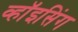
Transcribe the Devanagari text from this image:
व्हॉइसिंग